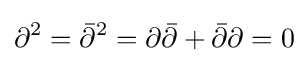
\partial ^{2}={\bar {\partial }}^{2}=\partial {\bar {\partial }}+{\bar {\partial }}\partial =0